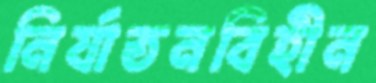
নির্যাতনবিহীন